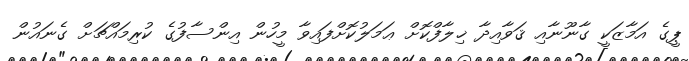
ޕީގެ އަމާޒަކީ ގާނޫނާއި ޤަވާއިދާ ޚިލާފްކޮށް ޢަމަލުކޮށްފައިވާ މީހުން އިންސާފުގެ ކުރިމައްޗަށް ގެނައުން